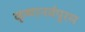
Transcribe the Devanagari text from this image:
कृष्णनर्वपुरम